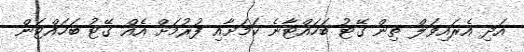
އަދި އެރައިވަލް ތިން ގޭޓު ބަހައްޓާނެ ކަމަށާއި ފުރުމަށް އެއް ގޭޓު ބަހައްޓަން